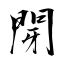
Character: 閕